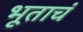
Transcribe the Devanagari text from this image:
भूताचं